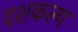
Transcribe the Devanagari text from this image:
दशकल्प